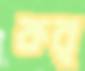
কর্